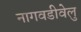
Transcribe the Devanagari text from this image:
नागवडीवेलु